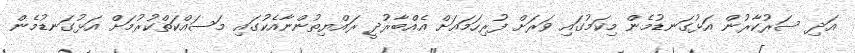
އަދި ސަރުކާރުން އަޅުގަނޑުމެން މިކަމުގައި ވަރަށް ފުރިހަމައަށް އެއްބާރުދީ ރައްޔިތުންނާއެކުގައި މަސައްކަތްކުރުމަށް އަޅުގަނޑުމެން